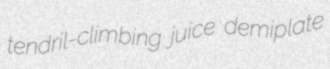
tendril-climbing juice demiplate